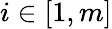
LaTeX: i\in[1,m]